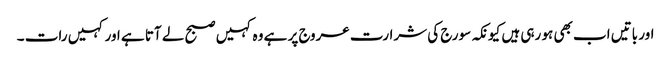
اور باتیں اب بھی ہو رہی ہیں کیونکہ سورج کی شرارت عروج پر ہے وہ کہیں صبح لے آتا ہے اور کہیں رات ۔